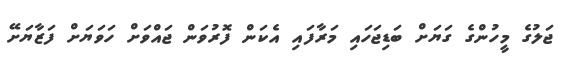
ޖަލުގެ މީހުންގެ ގަޔަށް ބަޑިޖަހައި މަރާފައި އެކަން ފޮރުވަން ޖައްވަށް ހަވަޔަށް ފަޒާޔަށޭ